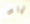
تريد